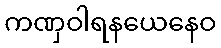
ကဏှဝါရနယေနေဝ